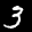
Label: 3